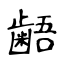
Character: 𪘚